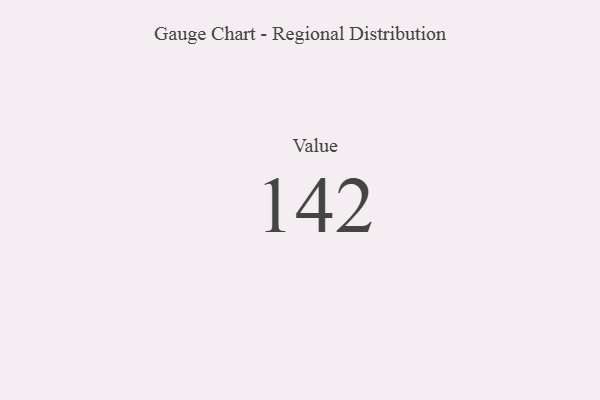
{"axis": {"x": "Metric", "y": "Value"}, "legend": [""], "data": [{"x": "Value", "y": 142, "type": ""}]}